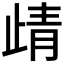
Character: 𭭦